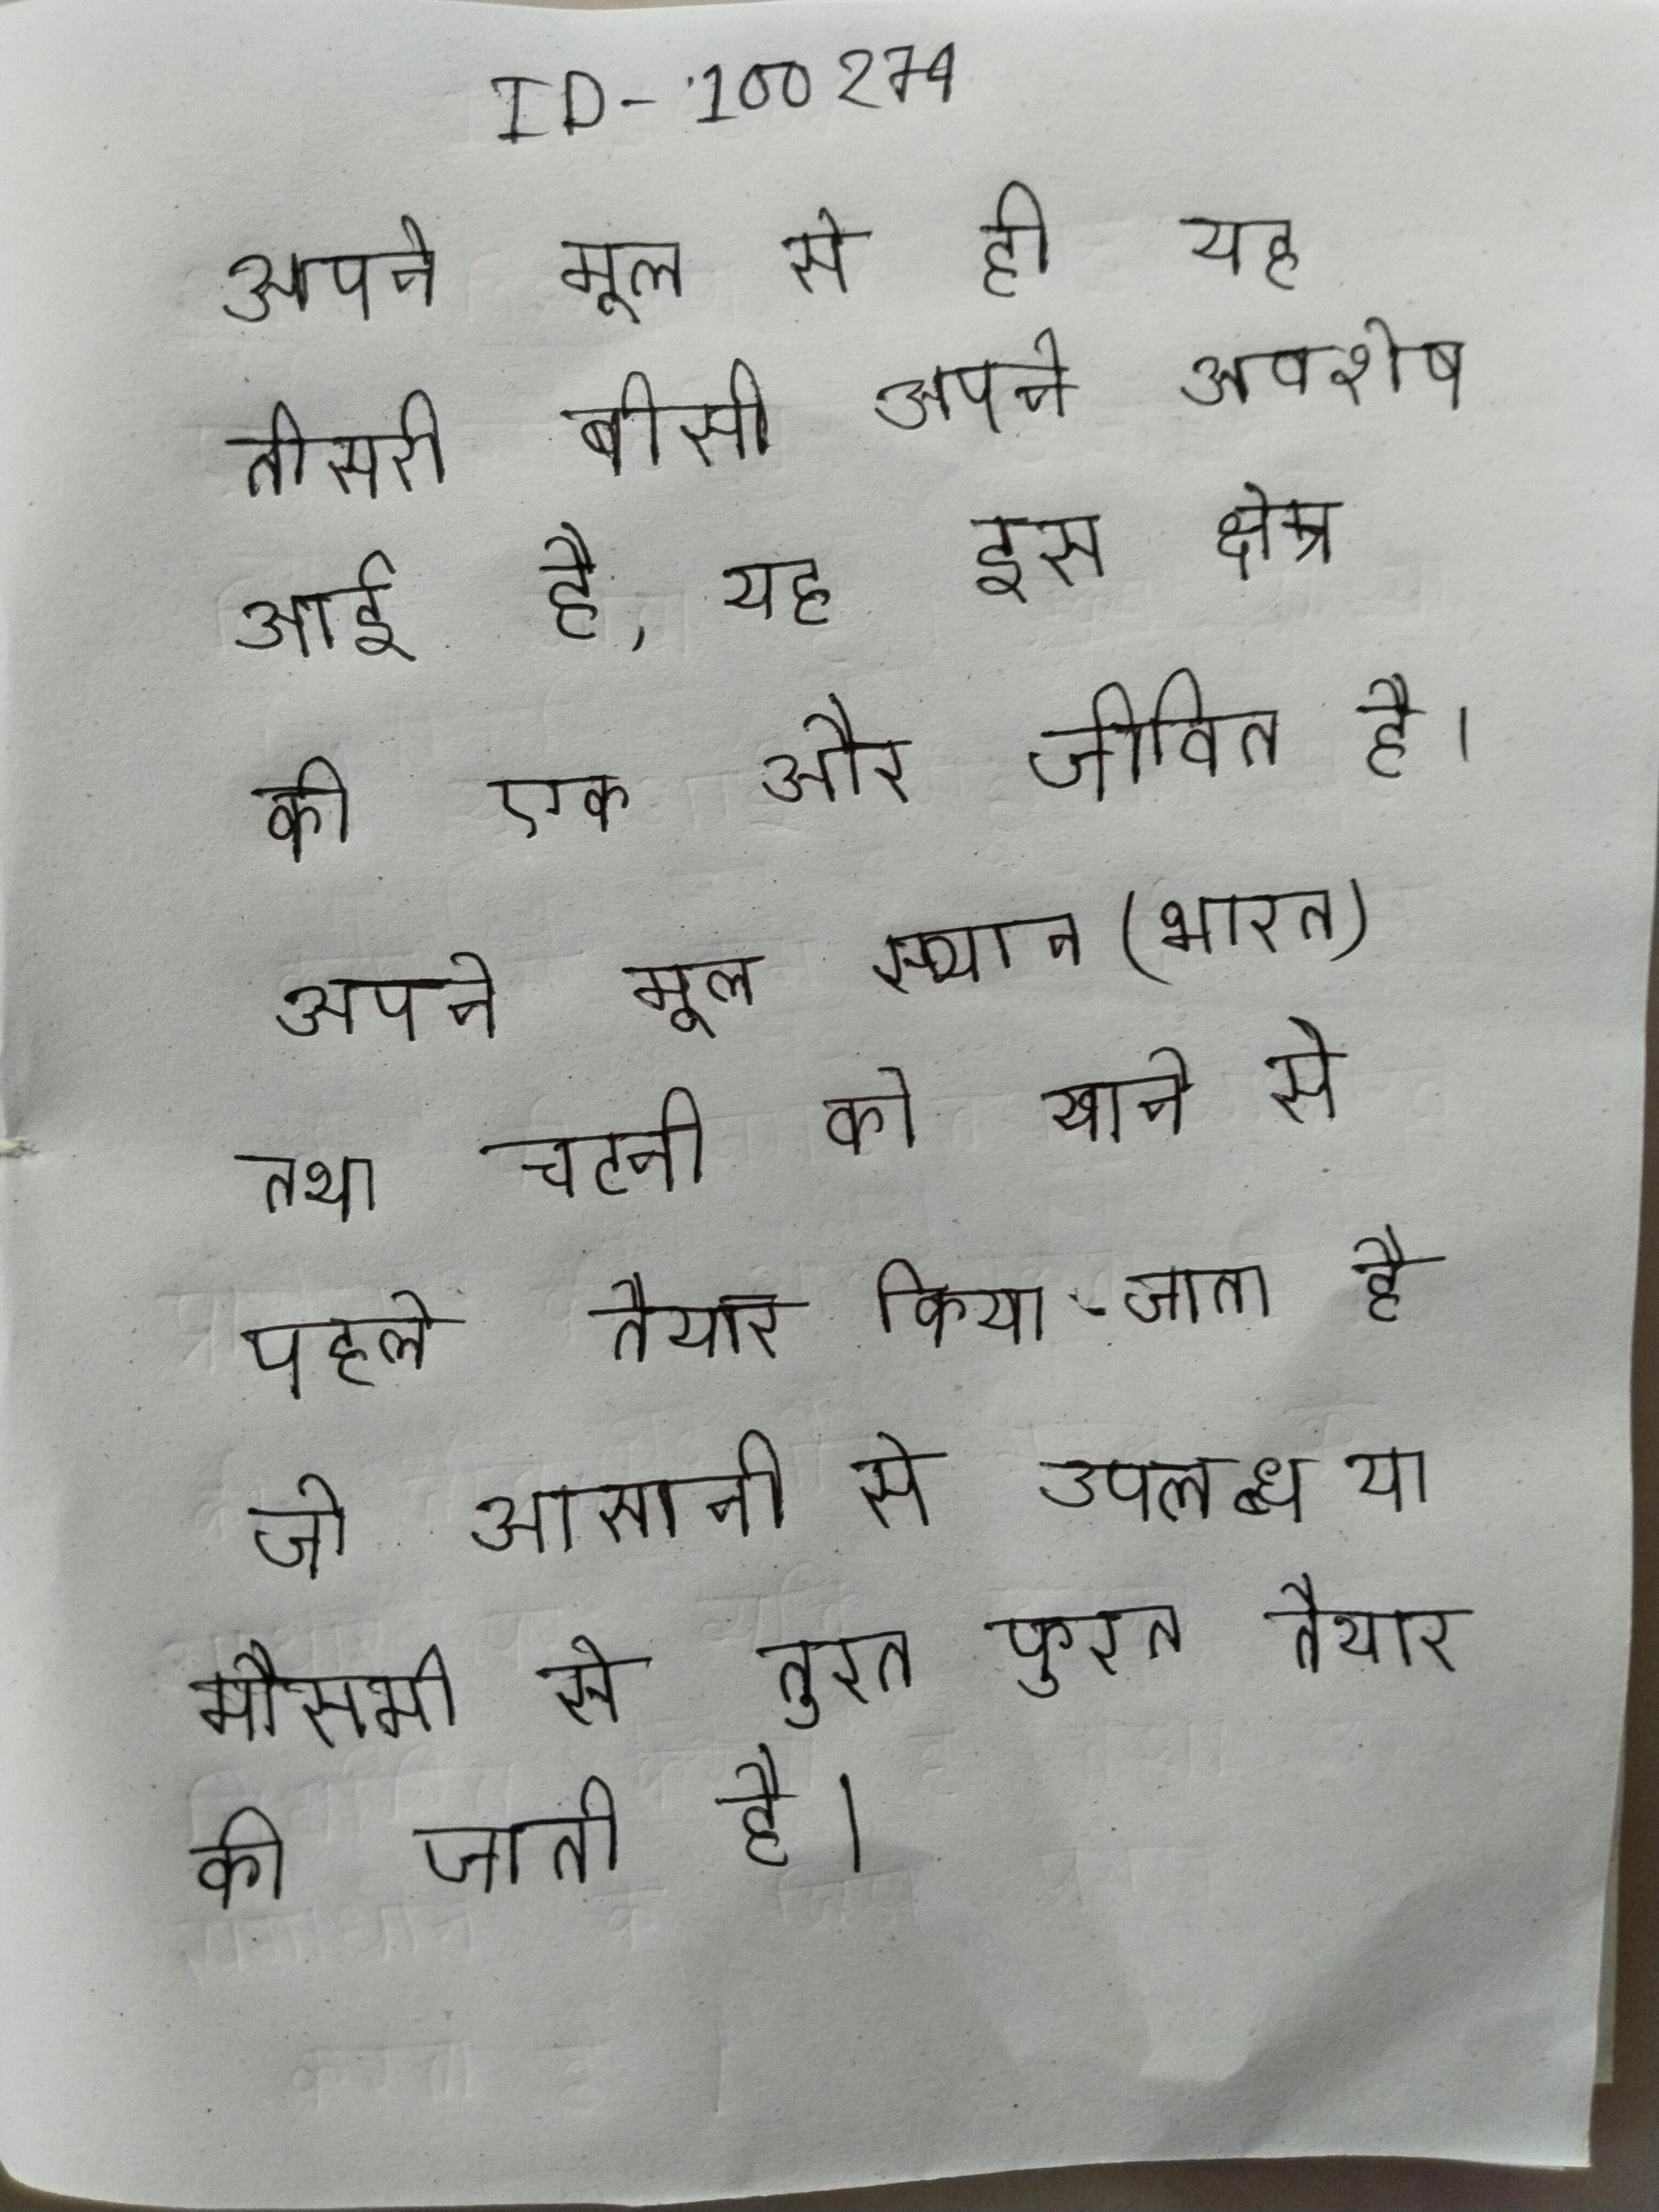
अपने मूल से ही यह तीसरी बीसी अपने अवशेष आई है, यह इस क्षेत्र की एक और जीवित है । अपने मूल स्थान (भारत) तथा चटनी को खाने से पहले तैयार किया जाता है जो आसानी से उपलब्ध या मौसमी से तुरत फुरत तैयार की जाती है ।